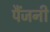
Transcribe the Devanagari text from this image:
पैंजनी